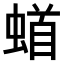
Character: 𫋎